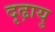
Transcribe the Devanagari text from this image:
दृढ़ायु